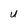
Character: u